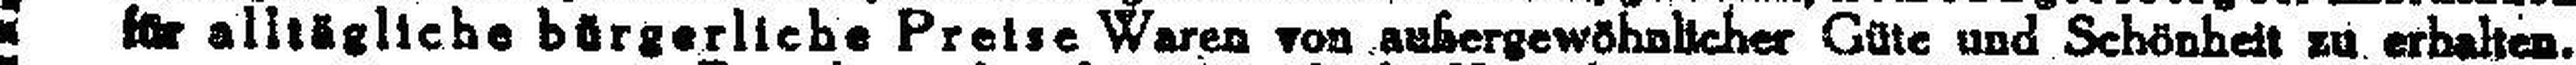
für alltägliche bürgerliche Preise Waren von außergewöhnlicher Güte und Schönheit zu erhalten.